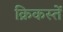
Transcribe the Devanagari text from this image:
क्रिकस्तें